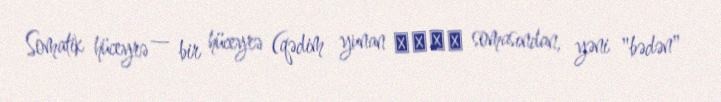
Somatik hüceyrə — bir hüceyrə (qədim yunan σῶμα somasından, yəni "bədən"